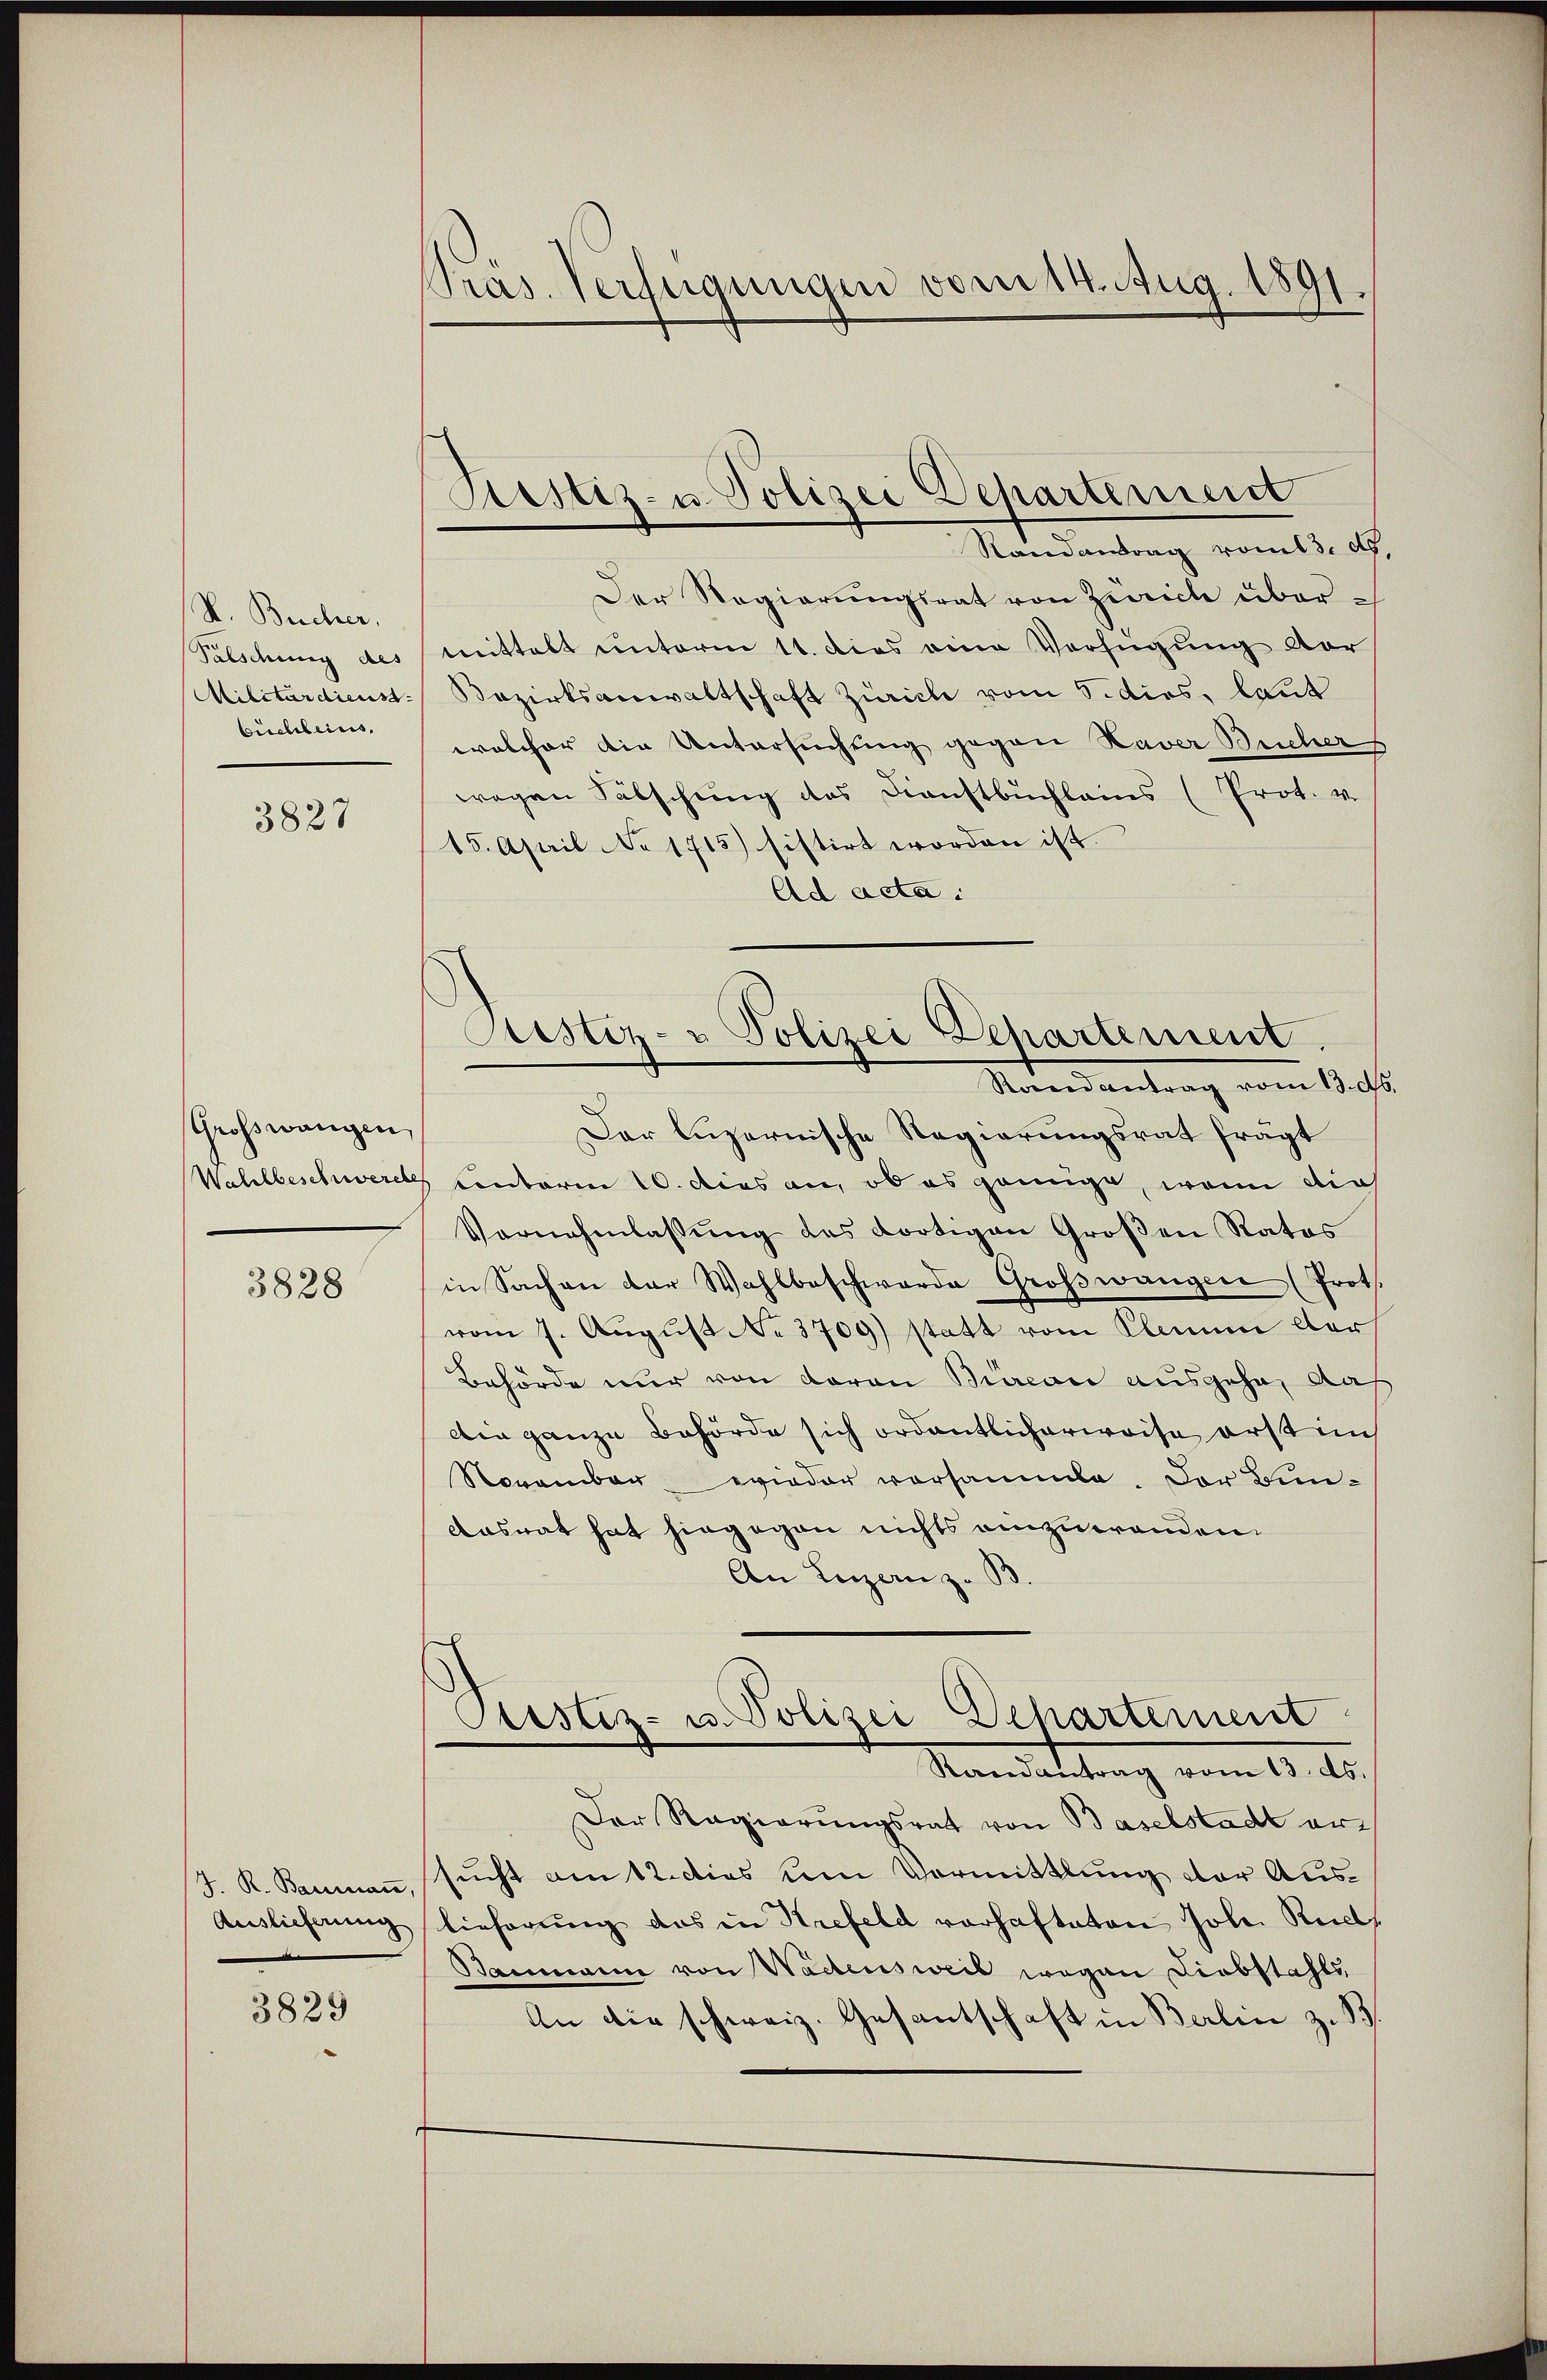
S. Bucher,
Palschung des
Militärdienst
büchleins.

3827

Großwangen,
Wahlbeschwerete

3828

J. R. Baumann,
Auslieferung

3829

Präs. Verfügungen vom 14. Aug. 1891.

Sistiz- u Polizei Departement
Randantrag vom 13. d.

Pustiz- u Polizei Departement
Randantrag vom 13. d.

Der Regierŭngsrat von Zürich übermittelt unterm 11. dies eine Verfügung vor
Bezirksanwaltschaft Zürich vom 5. dies, laut
welcher die Untersuchung gegen Kaver Bucher
wegen Fälschung des Dienstbuchleins (Prot. v.
15. April No 1715) sistirt worden ist.
Ad acta.
Der Luzernische Regierungsrat frägt
Contoren 10. dies an, ob es genüge, wenn dies
Vernehmlassŭng des dortigen Groβen Rates
in Sachen der Wahlbeschwarde Großwangen (Prot.
vom 7. Aŭgŭst No. 3709) statt vom Kleine der
Behörde nur von davon Büreau ausgehe, das
Dir ganze Behörde sich ordentlicherweise erst in
November wieder vorsammle. Der Bun¬
Aasnat hat hingegen nichts einzuwenden
An Luzern z. B.
Astiz- u. Polizei Departement
Randantrag vom 13. ds.
Der Regierungsrat von Baselstadt ersucht am 12. dies um Vormittlung der Auslieferung das in Hrefeld vorhafteten Joh. Rud
Baumann von Wädensweil wegen Diebstahls
An die schweiz. Gesantschaft in Berlin z. B